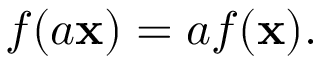
f ( a \mathbf { x } ) = a f ( \mathbf { x } ) .